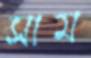
সাম